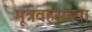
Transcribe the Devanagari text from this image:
मूत्रवहसंस्था